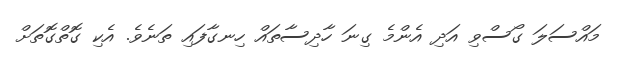
މައްސަލަ ގޯސްވި އަދި އެންމެ ގިނަ ހާދިސާތައް ހިނގާފައި ތަނެވެ. އެކި ގޮތްގޮތަށް